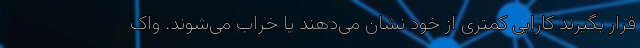
قرار بگیرند کارایی کمتری از خود نشان می‌دهند یا خراب می‌شوند. واک